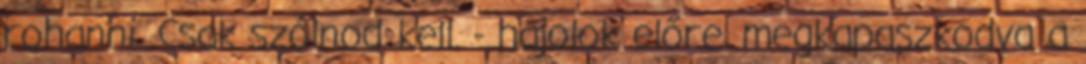
rohanni. Csak szólnod kell. - hajolok előre, megkapaszkodva a